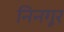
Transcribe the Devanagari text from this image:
निनगूर